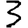
Digit: 3